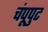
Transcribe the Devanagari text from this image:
चंपूपुट